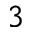
3